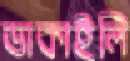
ডাকাইলি